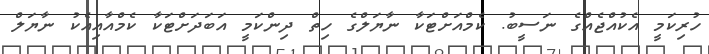
ހުރިކަމީ އެކުއްޖެއްގެ ނަސީބު. ކެމްއަށްޓަކާ ނާޔަލްގެ ހިތް ދިންކަމީ އަބަދަށްޓަކާ ކެމްއާއިއެކު ނާޔަލް